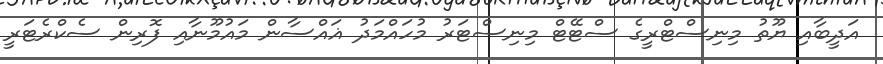
އަދީބާއި ޔޫތު މިނިސްޓްރީގެ ސްޓޭޓް މިނިސްޓަރު މުހައްމަދު ޣައްސާން މައުމޫނާއި ފޮރިން ސެކްރެޓަރީ